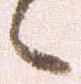
候